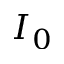
I _ { 0 }